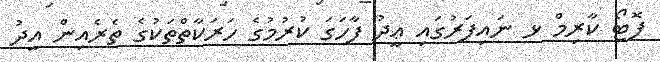
ފޮޓޯ ކާރިމް ޅ ނައިފަރުގައި ޢީދު ފާހަގަ ކުރުމުގެ ހަރަކާތްތަކުގެ ތެރެއިން އީދު